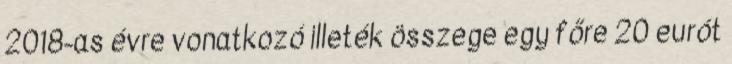
2018-as évre vonatkozó illeték összege egy főre 20 eurót